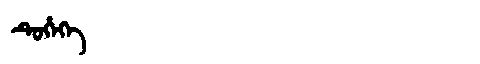
Manchu: ᡨᡠᡥᡝᡴᡝ
Romanization: TUHEKE